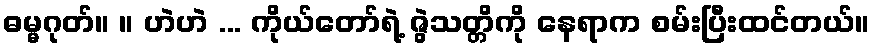
ဓမ္မဂုတ်။ ။ ဟဲဟဲ ... ကိုယ်တော်ရဲ့ ဇွဲသတ္တိကို နေရာက စမ်းပြီးထင်တယ်။